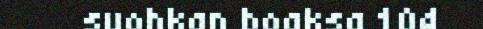
suohkan boaksa 104